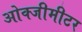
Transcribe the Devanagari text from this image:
ओक्जीमीटर